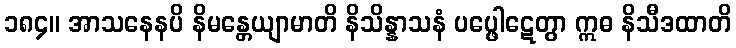
၁၈၄။ အာသနေနပိ နိမန္တေယျာမာတိ နိသိန္နာသနံ ပပ္ဖေါဋေတွာ ဣဓ နိသီဒထာတိ